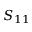
S _ { 1 1 }